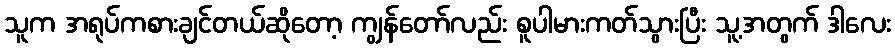
သူက အရုပ်ကစားချင်တယ်ဆိုတော့ ကျွန်တော်လည်း စူပါမားကတ်သွားပြီး သူ့အတွက် ဒါလေး